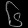
Digit: ၆